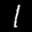
Label: 1